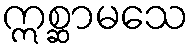
ဣစ္ဆာမသေ